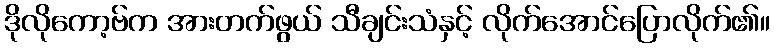
ဒိုလိုကော့ဗ်က အားတက်ဖွယ် သီချင်းသံနှင့် လိုက်အောင်ပြောလိုက်၏။